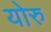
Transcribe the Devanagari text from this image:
योरु